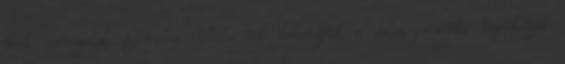
mit szövegelek. Elvileg. Ville-vel behordjuk a dalos pacsirta őszentségét